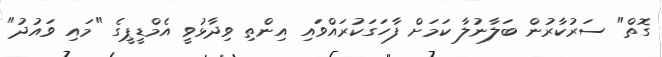
ގޮތް" ސަރުކާރުން ބަލާނުލާ ކަމަށް ފާހަގަކުރައްވައި އިންތި ވިދާޅުވީ އެމްޑީޕީގެ "މައި ވައުދު"